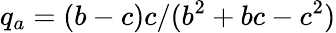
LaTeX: q_{a}=(b-c)c/(b^{2}+bc-c^{2})